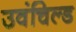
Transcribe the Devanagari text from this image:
उवंचिल्ड